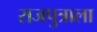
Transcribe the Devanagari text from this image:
राजपुत्राला